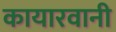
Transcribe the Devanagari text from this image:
कायारवानी